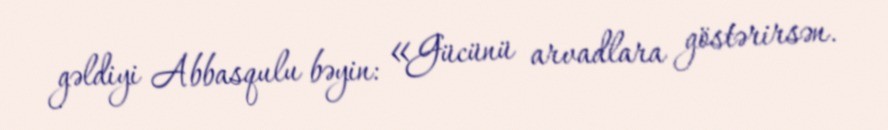
gəldiyi Abbasqulu bəyin: «Gücünü arvadlara göstərirsən.